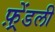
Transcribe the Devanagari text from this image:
फ़्रेंडली